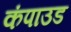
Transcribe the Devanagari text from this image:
कंपाउड